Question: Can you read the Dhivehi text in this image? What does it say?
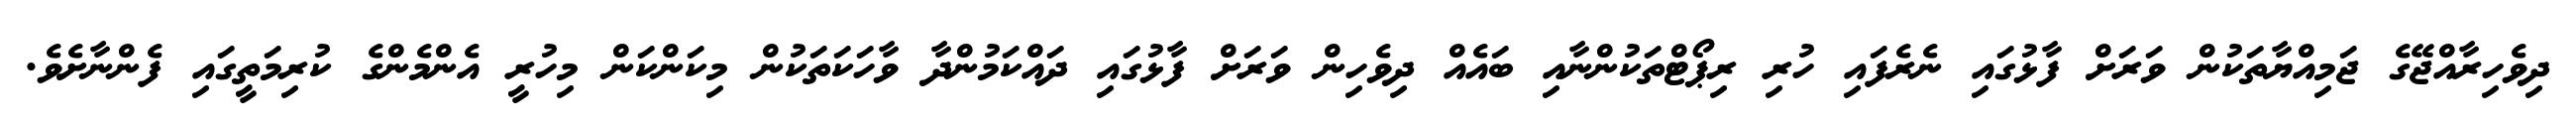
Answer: ދިވެހިރާއްޖޭގެ ޖަމިއްޔާތަކުން ވަރަށް ފާޅުގައި ނެރެފައި ހުރި ރިޕޯޓްތަކުންނާއި ބައެއް ދިވެހިން ވަރަށް ފާޅުގައި ދައްކަމުންދާ ވާހަކަތަކުން މިކަންކަން މިހުރީ އެންމެންގެ ކުރިމަތީގައި ފެންނާށެވެ.